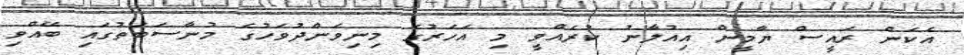
އެކަން ރައީސް ޔާމީން އިއުލާނު ކުރެއްވީ މި އަހަރުގެ މިނިވަންދުވަހުގެ މުނާސަބަތުގައި ބޭއްވި